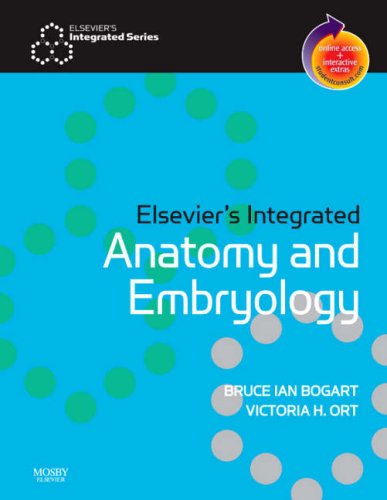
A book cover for Elsevier's Integrated Anatomy and Embryology: With STUDENT CONSULT Online Access, 1e; Bruce Ian Bogart PhD; Medical Books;